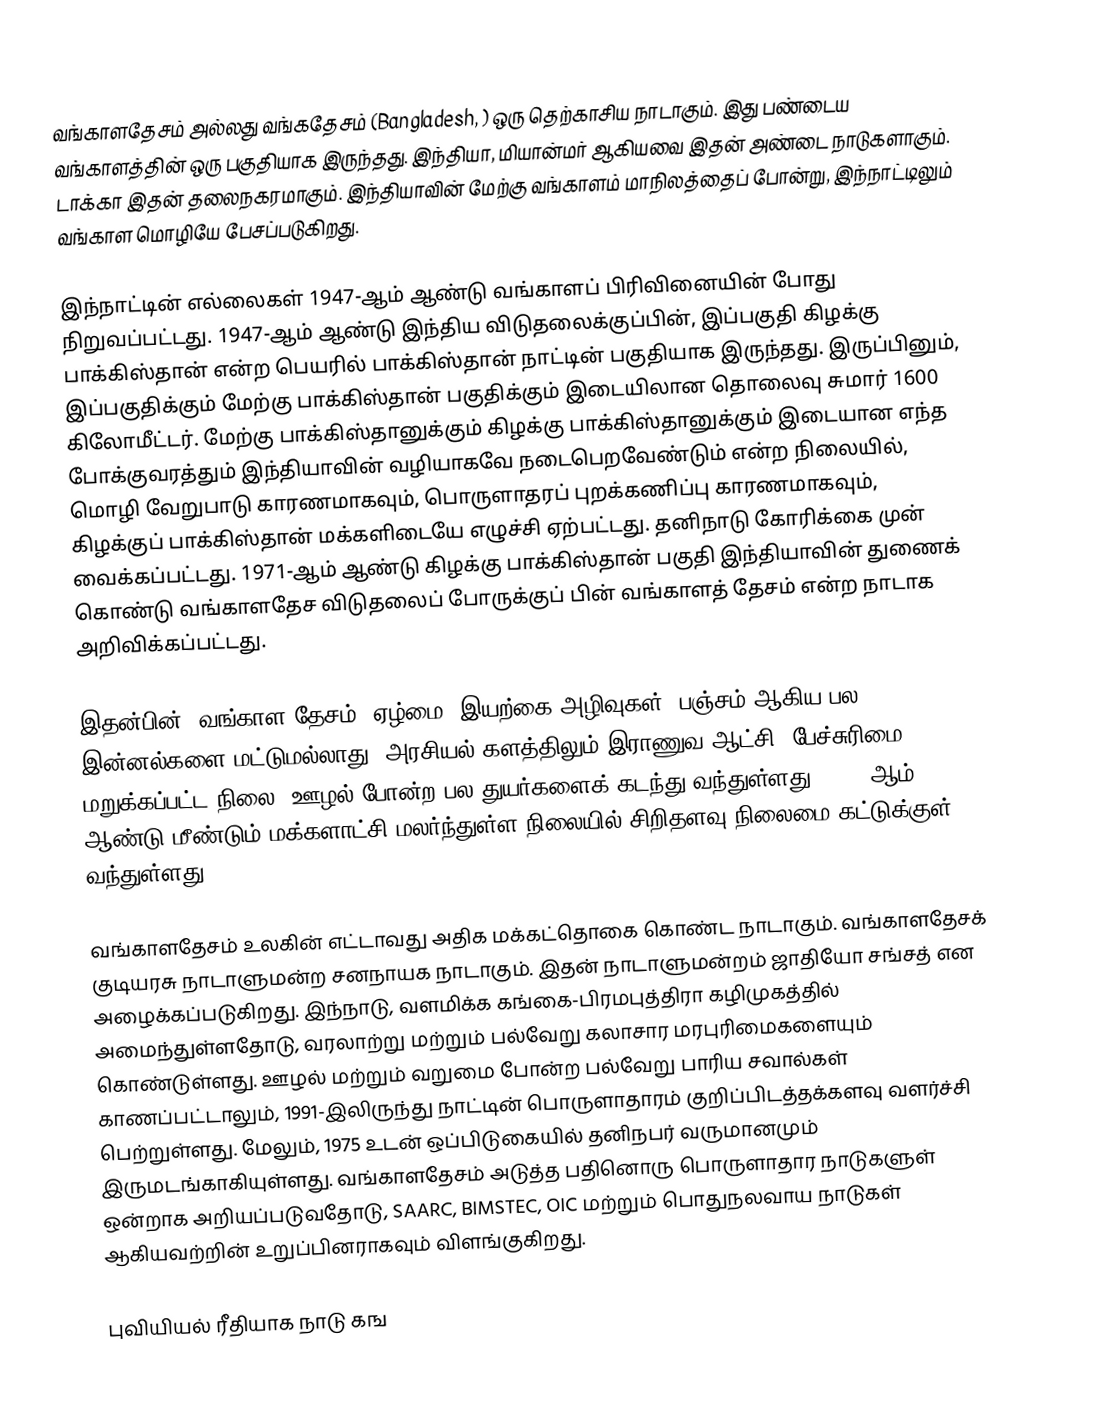
வங்காளதேசம் அல்லது வங்கதேசம் (Bangladesh, ) ஒரு தெற்காசிய நாடாகும். இது பண்டைய வங்காளத்தின் ஒரு பகுதியாக இருந்தது. இந்தியா, மியான்மர் ஆகியவை இதன் அண்டை நாடுகளாகும். டாக்கா இதன் தலைநகரமாகும். இந்தியாவின் மேற்கு வங்காளம் மாநிலத்தைப் போன்று, இந்நாட்டிலும் வங்காள மொழியே பேசப்படுகிறது.

இந்நாட்டின் எல்லைகள் 1947-ஆம் ஆண்டு வங்காளப் பிரிவினையின் போது நிறுவப்பட்டது. 1947-ஆம் ஆண்டு இந்திய விடுதலைக்குப்பின், இப்பகுதி கிழக்கு பாக்கிஸ்தான் என்ற பெயரில் பாக்கிஸ்தான் நாட்டின் பகுதியாக இருந்தது. இருப்பினும், இப்பகுதிக்கும் மேற்கு பாக்கிஸ்தான் பகுதிக்கும் இடையிலான தொலைவு  சுமார் 1600 கிலோமீட்டர். மேற்கு பாக்கிஸ்தானுக்கும் கிழக்கு பாக்கிஸ்தானுக்கும் இடையான எந்த போக்குவரத்தும் இந்தியாவின் வழியாகவே நடைபெறவேண்டும் என்ற நிலையில், மொழி வேறுபாடு காரணமாகவும், பொருளாதரப் புறக்கணிப்பு காரணமாகவும், கிழக்குப் பாக்கிஸ்தான் மக்களிடையே எழுச்சி ஏற்பட்டது. தனிநாடு கோரிக்கை முன் வைக்கப்பட்டது. 1971-ஆம் ஆண்டு கிழக்கு பாக்கிஸ்தான் பகுதி இந்தியாவின் துணைக் கொண்டு வங்காளதேச விடுதலைப் போருக்குப் பின் வங்காளத் தேசம் என்ற நாடாக அறிவிக்கப்பட்டது.

இதன்பின், வங்காள தேசம், ஏழ்மை, இயற்கை அழிவுகள், பஞ்சம் ஆகிய பல இன்னல்களை மட்டுமல்லாது, அரசியல் களத்திலும் இராணுவ ஆட்சி, பேச்சுரிமை மறுக்கப்பட்ட நிலை, ஊழல் போன்ற பல துயர்களைக் கடந்து வந்துள்ளது.  1991-ஆம் ஆண்டு மீண்டும் மக்களாட்சி மலர்ந்துள்ள நிலையில் சிறிதளவு நிலைமை கட்டுக்குள் வந்துள்ளது.

வங்காளதேசம் உலகின் எட்டாவது அதிக மக்கட்தொகை கொண்ட நாடாகும். வங்காளதேசக் குடியரசு நாடாளுமன்ற சனநாயக நாடாகும். இதன் நாடாளுமன்றம் ஜாதியோ சங்சத் என அழைக்கப்படுகிறது. இந்நாடு, வளமிக்க கங்கை-பிரமபுத்திரா கழிமுகத்தில் அமைந்துள்ளதோடு, வரலாற்று மற்றும் பல்வேறு கலாசார மரபுரிமைகளையும் கொண்டுள்ளது. ஊழல் மற்றும் வறுமை போன்ற பல்வேறு பாரிய சவால்கள் காணப்பட்டாலும், 1991-இலிருந்து நாட்டின் பொருளாதாரம் குறிப்பிடத்தக்களவு  வளர்ச்சி பெற்றுள்ளது. மேலும், 1975 உடன் ஒப்பிடுகையில் தனிநபர் வருமானமும் இருமடங்காகியுள்ளது. வங்காளதேசம் அடுத்த பதினொரு பொருளாதார நாடுகளுள் ஒன்றாக அறியப்படுவதோடு, SAARC, BIMSTEC, OIC மற்றும் பொதுநலவாய நாடுகள் ஆகியவற்றின் உறுப்பினராகவும் விளங்குகிறது.

புவியியல் ரீதியாக நாடு கங